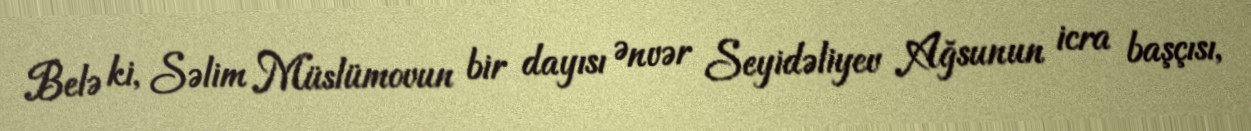
Belə ki, Səlim Müslümovun bir dayısı Ənvər Seyidəliyev Ağsunun icra başçısı,